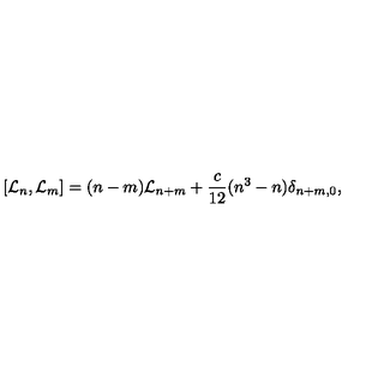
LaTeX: [ { \cal L } _ { n } , { \cal L } _ { m } ] = ( n - m ) { \cal L } _ { n + m } + \frac { c } { 1 2 } ( n ^ { 3 } - n ) \delta _ { n + m , 0 } ,